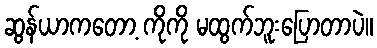
ဆွန်ယာကတော့ ကိုကို မထွက်ဘူးပြောတာပဲ။